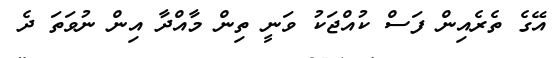
އޭގެ ތެރެއިން ފަސް ކުއްޖަކު ވަނީ ތިން މާއްދާ އިން ނުވަތަ ދެ